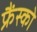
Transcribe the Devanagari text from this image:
फ्रैंस्को